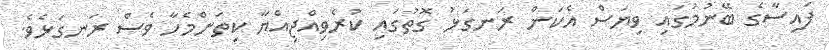
ފައިސާގެ ބޭނުމުގައި ވިޔަސް އެކަން ރަނގަޅު ގޮތުގައި ކުރެވިއްޖިއްޔާ ކިތަންމެހާ ވެސް ރަނގަޅެވެ.